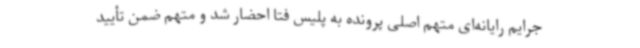
جرایم رایانه‌ای متهم اصلی پرونده به پلیس فتا احضار شد و متهم ضمن تأیید